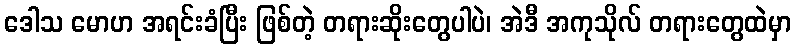
ဒေါသ မောဟ အရင်းခံပြီး ဖြစ်တဲ့ တရားဆိုးတွေပါပဲ၊ အဲဒီ အကုသိုလ် တရားတွေထဲမှာ